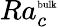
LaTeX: Ra_{c}^{\mathrm{\tiny{bulk}}}